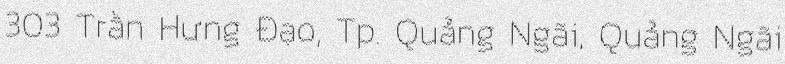
303 Trần Hưng Đạo, Tp. Quảng Ngãi, Quảng Ngãi